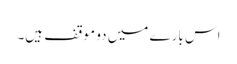
اس بارے میں دو موقف ہیں۔